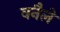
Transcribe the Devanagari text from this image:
वनैले